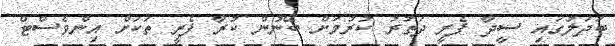
ބަދަލުގައި ސީދާ ފެރީ ދަތުރު ކުރުމަށް ބޭނުން ކުރާ ފެރީ ތަކަށް އިންވެސްޓް